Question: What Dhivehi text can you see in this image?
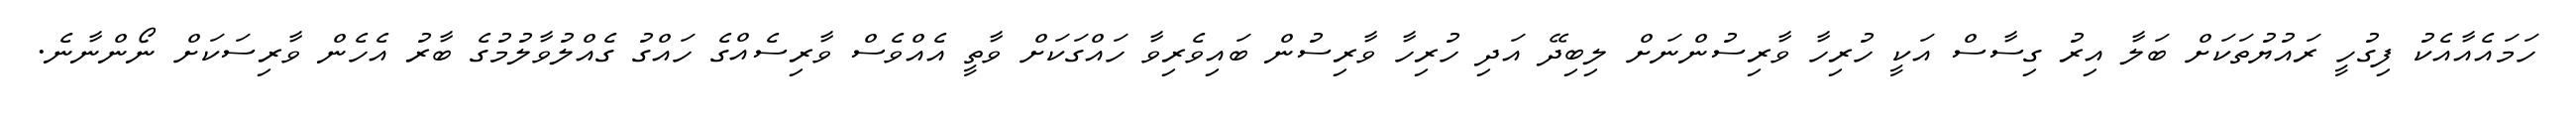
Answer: ހަމައެއާއެކު ފިގުހީ ރައުޔުތަކަށް ބަލާ އިރު ގިސާސް އަކީ ހުރިހާ ވާރިސުންނަށް ލިބިދޭ އަދި ހުރިހާ ވާރިސުން ބައިވެރިވާ ހައްގަކަށް ވާތީ އެއްވެސް ވާރިސެއްގެ ހައްގު ގެއްލުވާލުމުގެ ބާރު އެހެން ވާރިސަކަށް ނޯންނާނެ.